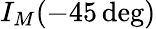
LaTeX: I_{M}(-45\deg)